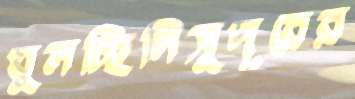
ঘুলচ্ছিলিসুদূরের